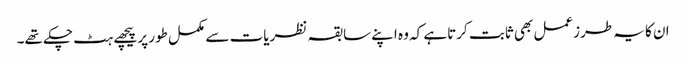
ان کا یہ طرزعمل بھی ثابت کرتاہے کہ وہ اپنے سابقہ نظریات سے مکمل طور پر پیچھے ہٹ چکے تھے۔